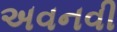
અવનવી